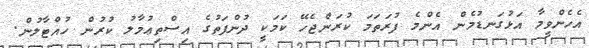
އެހެންވީމާ އަޅުގަނޑުމެން އެންމެ ފުރަތަމަ ކުރަންޖެހޭ ކަމަކީ ދުންފަތުގެ އިސްތިޢުމާލު ކުރުން ހުއްޓާލުން.